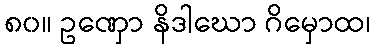
၈၀။ ဥဏှော နိဒါဃော ဂိမှောထ၊